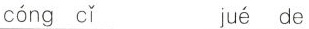
cóng cǐ jué de